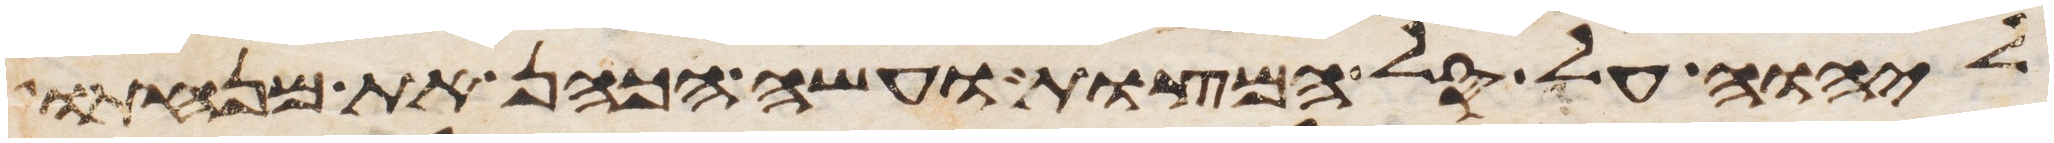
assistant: ליהוה על סל המצות ועשה הכהן את מנחתו